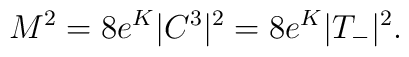
M^2=8e^{K} |C^3|^2=8e^{K}|T_{-}|^{2}.